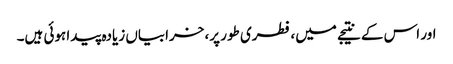
اور اس کے نتیجے میں، فطری طور پر، خرابیاں زیادہ پیدا ہوئی ہیں۔